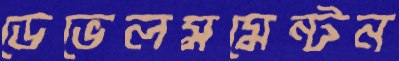
ডেভেলমমেন্টন